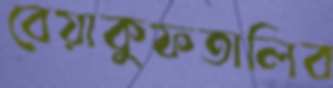
বেয়াকুফতালিব